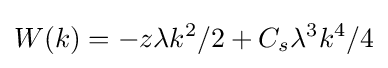
W(k)=-z\lambda k^{2}/2+C_{s}\lambda ^{3}k^{4}/4